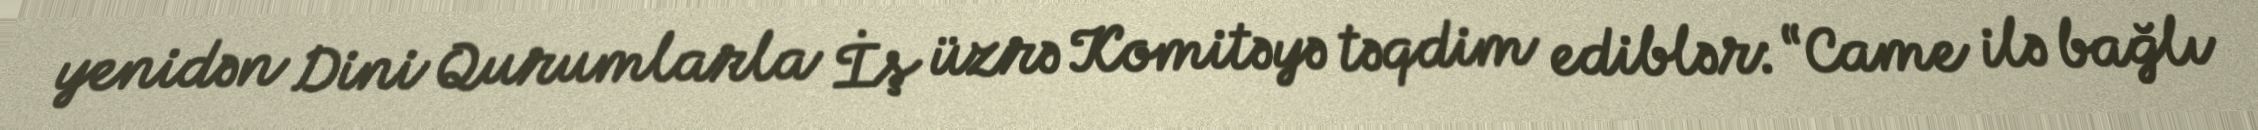
yenidən Dini Qurumlarla İş üzrə Komitəyə təqdim ediblər: “Came ilə bağlı